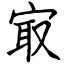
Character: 㝡